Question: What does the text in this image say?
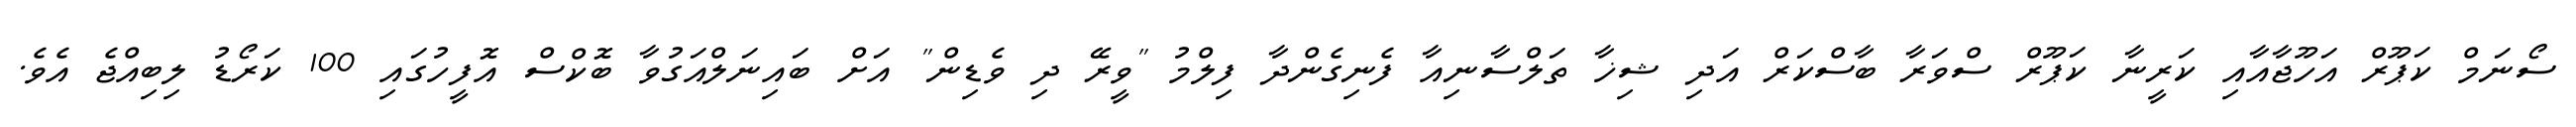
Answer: ސޯނަމް ކަޕޫރް އަހޫޖާއާއި ކަރީނާ ކަޕޫރް ސްވަރާ ބާސްކަރް އަދި ޝިޚާ ތަލްސާނިއާ ފެނިގެންދާ ފިލްމު "ވީރޭ ދި ވެޑިން" އަށް ބައިނަލްއަގުވާ ބޮކްސް އޮފީހުގައި 100 ކަރޯޑު ލިބިއްޖެ އެވެ.